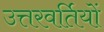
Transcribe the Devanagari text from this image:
उत्तरवर्तियों